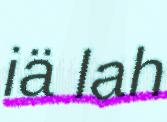
iä lah